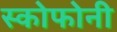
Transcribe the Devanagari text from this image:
स्कोफोनी